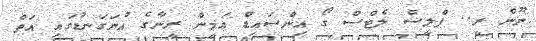
ނޫން ރީ.. ޕްލީސް ލެޓްސް ގޯ އިންސައިޑް އަމީން ރީނާގެ އުނަގަނޑުގައި އަތް